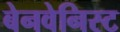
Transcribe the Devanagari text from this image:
बेनवेनिस्ट